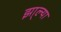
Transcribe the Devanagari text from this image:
झा्ल्या